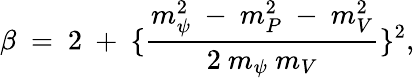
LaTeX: \beta~=~2~+~\{ \frac{m_{\psi}^{2}~-~m_{P}^{2}~-~m_{V}^{2}}{2~m_{\psi}~m_{V}}\} ^{2},